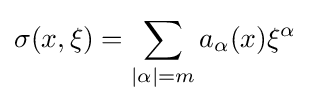
\sigma (x,\xi )=\sum _{|\alpha |=m}a_{\alpha }(x)\xi ^{\alpha }